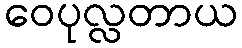
ဝေပုလ္လတာယ